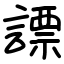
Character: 謤